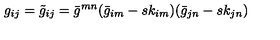
g _ { i j } = \tilde { g } _ { i j } = \bar { g } ^ { m n } ( \bar { g } _ { i m } - s k _ { i m } ) ( \bar { g } _ { j n } - s k _ { j n } )